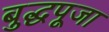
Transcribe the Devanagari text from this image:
बुद्धपूजा